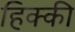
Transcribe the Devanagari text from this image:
हिक्‍की